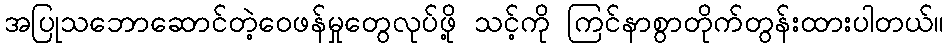
အပြုသဘောဆောင်တဲ့ဝေဖန်မှုတွေလုပ်ဖို့ သင့်ကို ကြင်နာစွာတိုက်တွန်းထားပါတယ်။